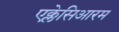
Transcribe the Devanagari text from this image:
एक्लेसिआरम